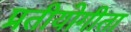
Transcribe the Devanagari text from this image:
प्रतीयोगीता